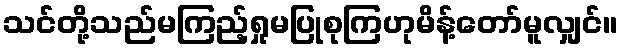
သင်တို့သည်မကြည့်ရှုမပြုစုကြဟုမိန့်တော်မူလျှင်။